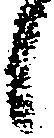
候